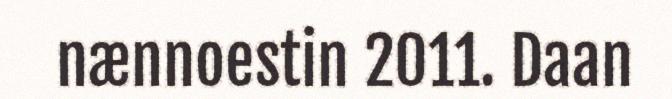
nænnoestin 2011. Daan